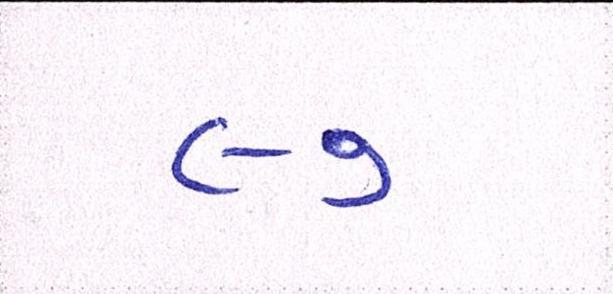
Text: ૯૭